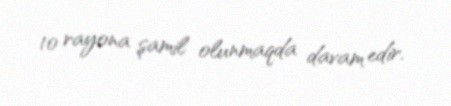
10 rayona şamil olunmaqda davam edir.